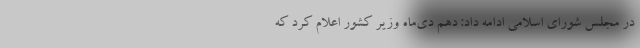
در مجلس شورای اسلامی ادامه داد: دهم دی‌ماه وزیر کشور اعلام کرد که